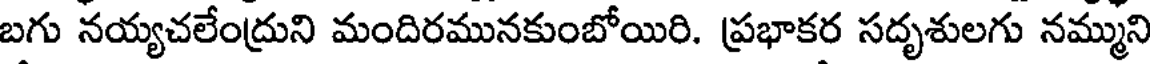
బగు నయ్యచలేంద్రుని మందిరమునకుంబోయిరి. ప్రభాకర సదృశులగు నమ్ముని